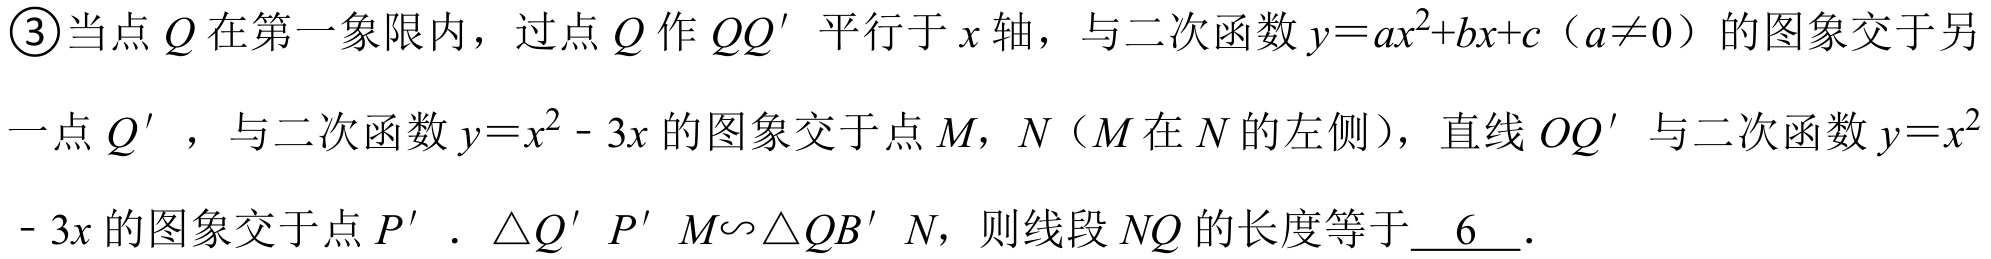
\textcircled{3}当点\(Q\)在第一象限内，过点\(Q\)作\(QQ'\)平行于\(x\)轴，与二次函数\(y = ax^{2}+bx + c\)（\(a\neq0\)）的图象交于另一点\(Q'\)，与二次函数\(y = x^{2}-3x\)的图象交于点\(M\)，\(N\)（\(M\)在\(N\)的左侧），直线\(OQ'\)与二次函数\(y = x^{2}-3x\)的图象交于点\(P'\)．\(\triangle Q'P'M\backsim\triangle QB'N\)，则线段\(NQ\)的长度等于\(\underline{6}\)．